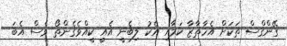
ގޭންގްސް ތަކަށް އެހާތާޒާ ކަމާއި އެކު ލިބެނީ އެއީ ކީއްވެގެންތޯ ވެސް އެބަ